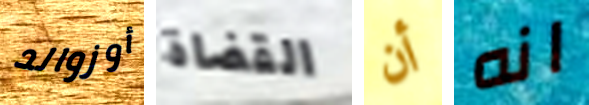
أوزوالد القضاة أن انه